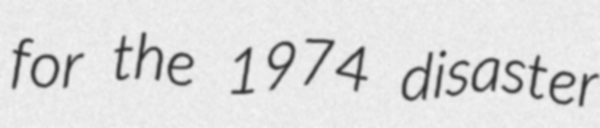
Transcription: for the 1974 disaster